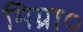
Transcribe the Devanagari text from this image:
मिग्रा०